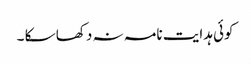
کوئی ہدایت نامہ نہ دکھا سکا ۔